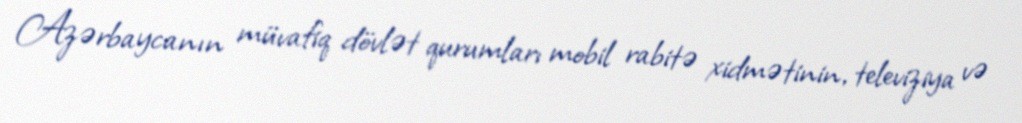
Azərbaycanın müvafiq dövlət qurumları mobil rabitə xidmətinin, televiziya və